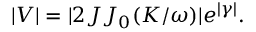
| V | = | 2 J { \cal J } _ { 0 } ( K / \omega ) | e ^ { | \gamma | } .